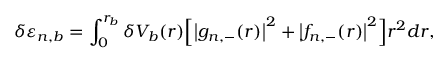
\delta \varepsilon _ { n , b } = \int _ { 0 } ^ { r _ { b } } \delta V _ { b } ( r ) \Big [ \big | g _ { n , - } ( r ) \big | ^ { 2 } + \big | f _ { n , - } ( r ) \big | ^ { 2 } \Big ] r ^ { 2 } d r ,